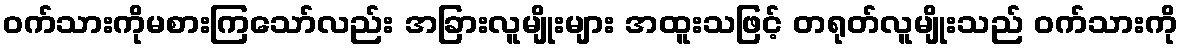
ဝက်သားကိုမစားကြသော်လည်း အခြားလူမျိုးများ အထူးသဖြင့် တရုတ်လူမျိုးသည် ဝက်သားကို